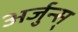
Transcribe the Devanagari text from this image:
अर्जुन्स्